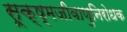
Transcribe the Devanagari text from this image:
सूक्ष्मजीवाणुनिरोधक